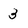
Character: 3